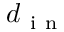
d _ { \mathrm { ~ i ~ n ~ } }